V__Kingissepa_nim__kolhoos, lk 42
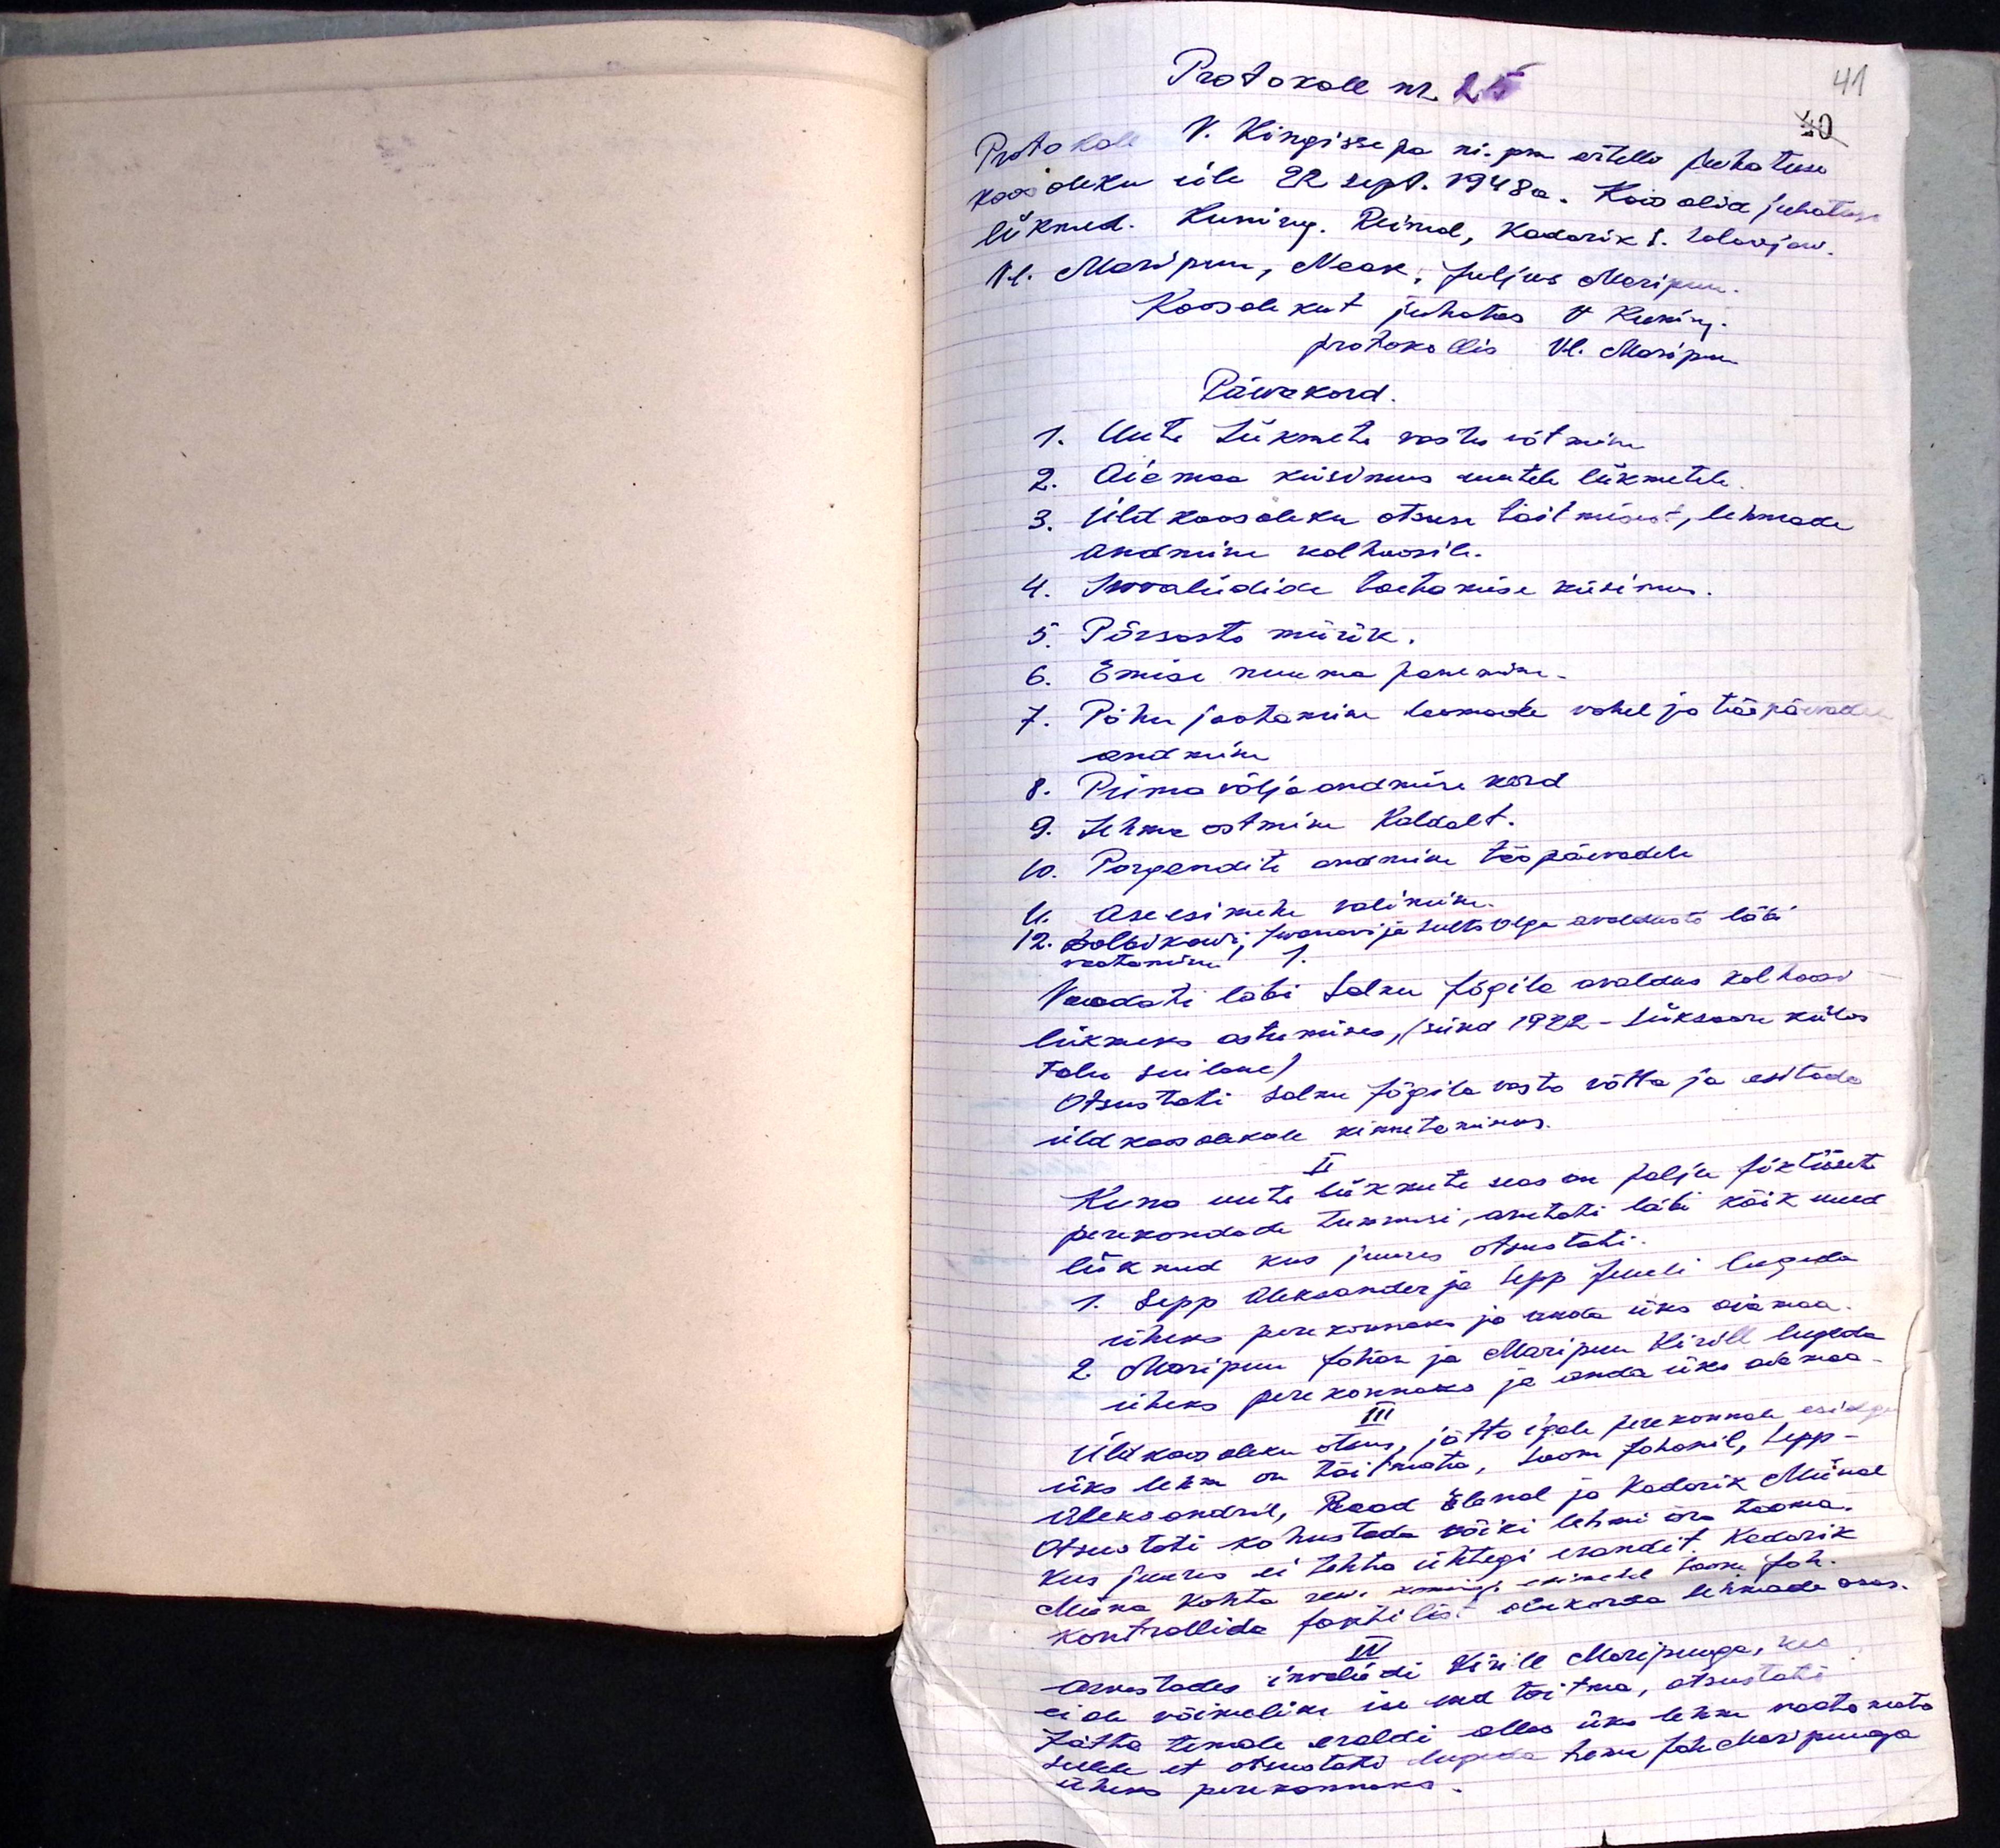
Protokoll nr. 25
Protokoll V. Kingissepa ni. pm artelli juhatuse
koosoleku üle 22 sept. 1948a. Koos olid juhatuse
liikmed. Kuning. Reimal, Kadarik I. Solovjow
Vl. Maripuu, Naak, Juljus Maripuu
Koosolekut juhatas V. Kuning
protokollis Vl. Maripuu
Päevakord
1. Uute liikmete vastu võtmine
2. Aiamaa küsimus uutele liikmetele
3. Üld koosoleku otsuse täitmisest, lehmade
andmine kolhoosile.
4. Invaliidide toetamise küsimus.
5. Põrsaste müük.
6. Emise nuuma panemine
7. Põhu jaotamine loomade vahel ja tööpäevade
andmine
8. Piima väljaandmise kord.
9. Lehma ostmine Kaldalt.
10. Porgandite andmine tööpäevadele
11. Aseesimehe valimine
12. Polbvkowi, Juranovi ja Sults Olga avalduste läbi
vaatamine.
Vaadati läbi Salme Jõgila avaldus kolhoosi
liikmeks astumises, (sünd 1922 - Siiksaare külas
talu suilane)
Otsustati Salme Jõgila vastu võtta ja esitada
üldkoosolekule kinnitamiseks.
II
Kuna uute liikmete seas on palju fiktivsete
perekondade tunnusi, arutati läbi kõik uued
liikmed, kus juures otsustati
1. Sepp Aleksander ja Sepp Juuli lugeda
üheks perekonnaks ja anda üks aiamaa
2. Maripuu Johan ja Maripuu Kirill lugeda
üheks perekonnaks ja anda üks aiamaa.
III
Üldkoosoleku otsus, jätta igale perekonnale esialgu
üks lehm on täitmata, Soom Johannil, Sepp-
Aleksandril, Rood Elenal ja Kadarik Miinal
Otsustati kohustada kõiki lehmi ära tooma.
kus juures ei tehta ühtegi erandit. Kadarik
Miina kohta rev. komisj. esimehel Soom Joh.
kontrollide faktilist olukorda lehmade osas
IV
Arvestades invaliidi Kirill Maripuuga, kes
ei ole võimalik ise end toitma, otsustati
Jätta temale eraldi alles üks lehm vaatamata
sellele et otsustaks lugeda ... Joh Maripuuga
üheks perekonnaks.